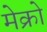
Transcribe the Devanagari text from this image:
मेक्रो